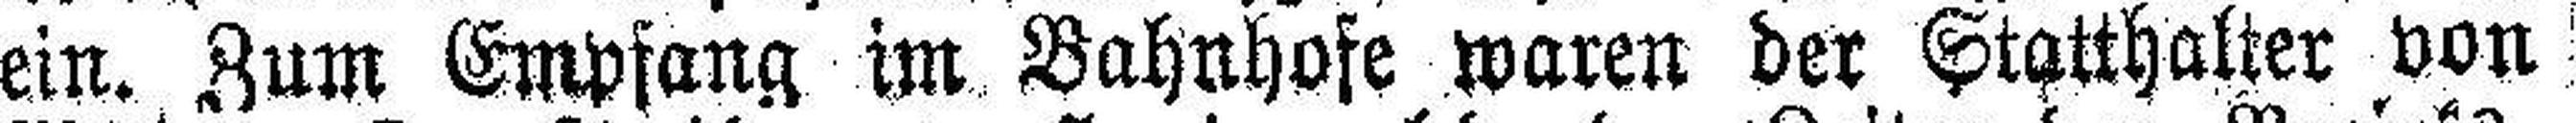
ein. Zum Empfang im Bahnhofe waren der Statthalter von